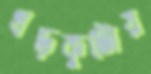
খড়কুটোয়